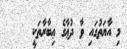
މި އާޔަތުގައި ވާ ދުޢާގެ ޢިބާރާތަކީ